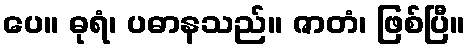
ပေ။ ဓုရံ၊ ပဓာနသည်။ ဇာတံ၊ ဖြစ်ပြီ။